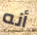
أنه